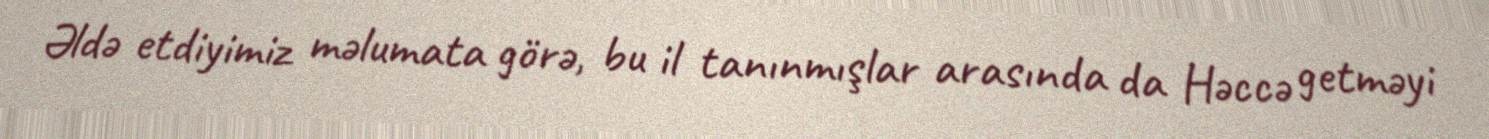
Əldə etdiyimiz məlumata görə, bu il tanınmışlar arasında da Həccə getməyi